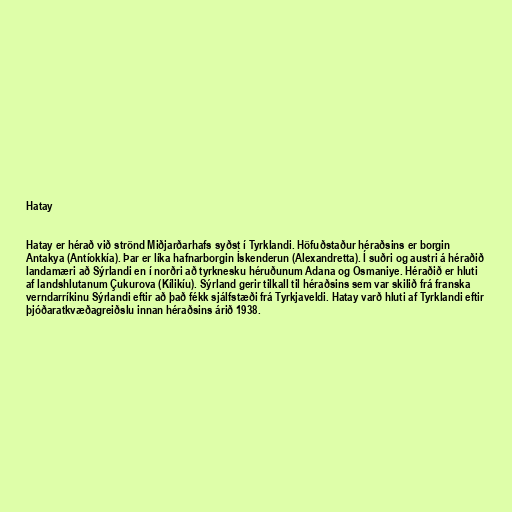
Hatay

Hatay er hérað við strönd Miðjarðarhafs syðst í Tyrklandi. Höfuðstaður héraðsins er borgin
Antakya (Antíokkía). Þar er líka hafnarborgin İskenderun (Alexandretta). Í suðri og austri á héraðið
landamæri að Sýrlandi en í norðri að tyrknesku héruðunum Adana og Osmaniye. Héraðið er hluti
af landshlutanum Çukurova (Kílikíu). Sýrland gerir tilkall til héraðsins sem var skilið frá franska
verndarríkinu Sýrlandi eftir að það fékk sjálfstæði frá Tyrkjaveldi. Hatay varð hluti af Tyrklandi eftir
þjóðaratkvæðagreiðslu innan héraðsins árið 1938.